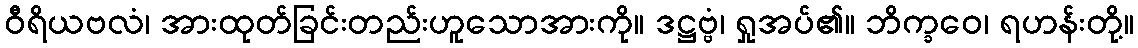
ဝီရိယဗလံ၊ အားထုတ်ခြင်းတည်းဟူသောအားကို။ ဒဋ္ဌဗ္ဗံ၊ ရှုအပ်၏။ ဘိက္ခဝေ၊ ရဟန်းတို့။